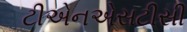
ટીએનએસટીસી